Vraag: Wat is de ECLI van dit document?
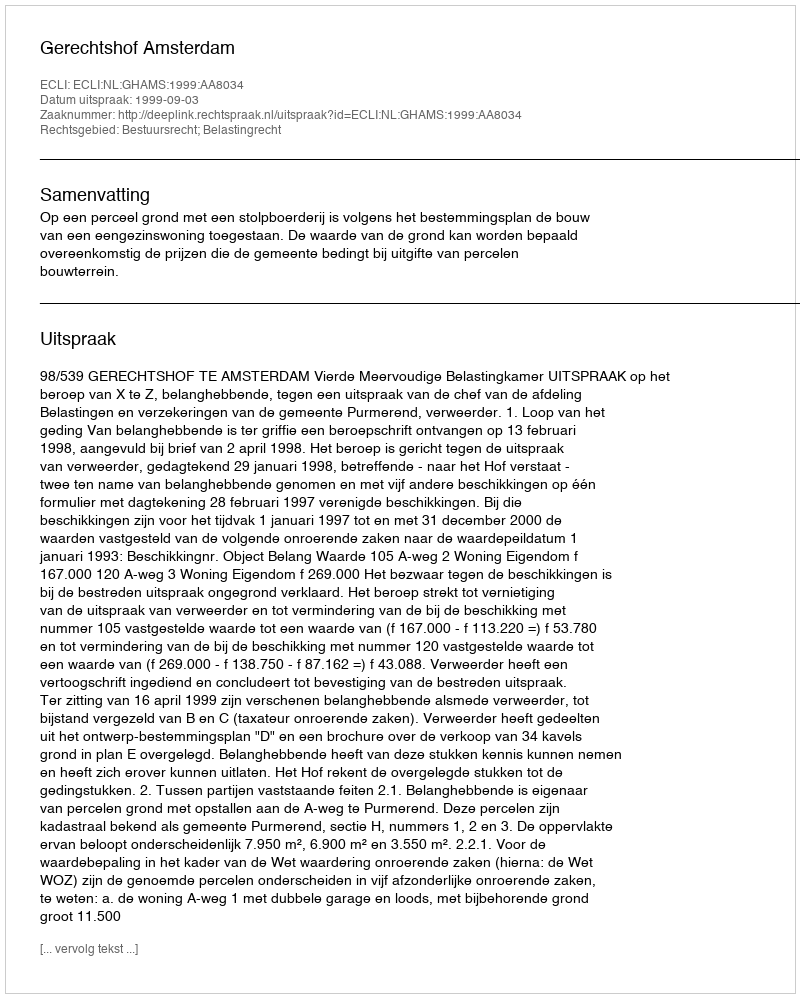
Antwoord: ECLI:NL:GHAMS:1999:AA8034